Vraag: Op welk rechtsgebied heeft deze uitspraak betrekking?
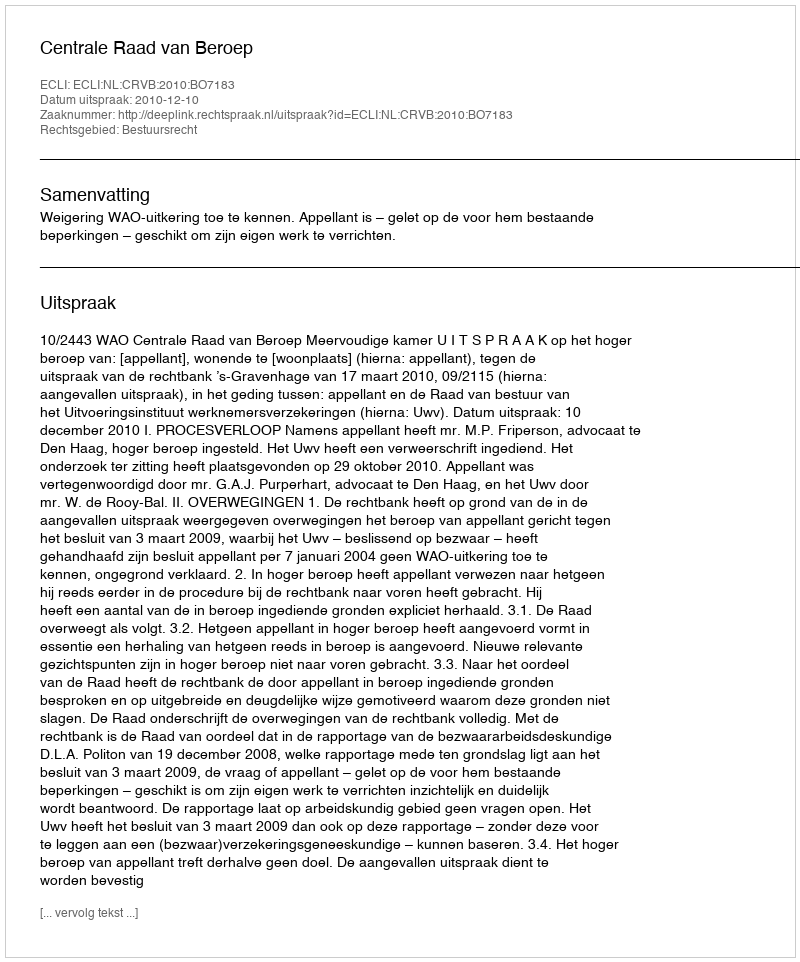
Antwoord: Bestuursrecht